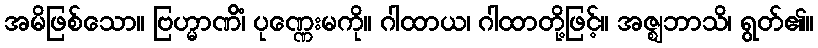
အမိဖြစ်သော။ ဗြဟ္မာဏိံ၊ ပုဏ္ဏေးမကို။ ဂါထာယ၊ ဂါထာတို့ဖြင့်။ အဇ္ဈဘာသိ၊ ရွတ်၏။